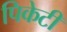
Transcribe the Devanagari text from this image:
पिकेटी